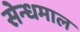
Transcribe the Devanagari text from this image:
सेन्धमाल